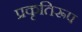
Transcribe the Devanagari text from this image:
प्रकृतिरूप